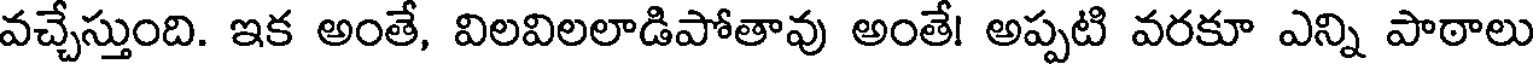
వచ్చేస్తుంది. ఇక అంతే, విలవిలలాడిపోతావు అంతే! అప్పటి వరకూ ఎన్ని పాఠాలు